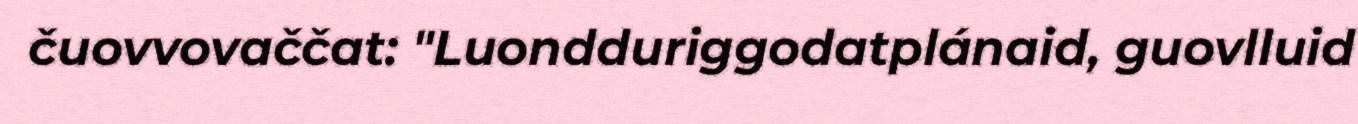
čuovvovaččat: "Luondduriggodatplánaid, guovlluid